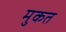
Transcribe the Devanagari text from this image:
मुकत